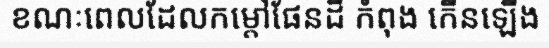
ខណៈពេលដែលកម្តៅផែនដី កំពុង កើនឡើង